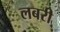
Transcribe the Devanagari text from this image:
लबरी